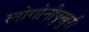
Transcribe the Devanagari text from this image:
लोगोनीपुखुरी